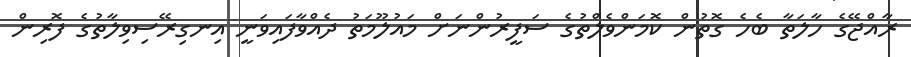
ރާއްޖޭގެ ހާލަތާ ބެހެ ގޮތުން ކޮމަންވެލްތުގެ ސަފީރުންނަށް މައުލޫމަތު ދެއްވާފައިވަނީ އިނގިރޭސިވިލާތުގެ ފޮރިން